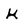
Character: K